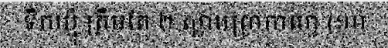
ទឹកឃ្មុំ ត្រឹមតែ ២ ស្លាបព្រាកាហ្វេ (១០